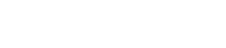
ဒိဋ္ဌသုတပရိသင်္ကိတောတိ